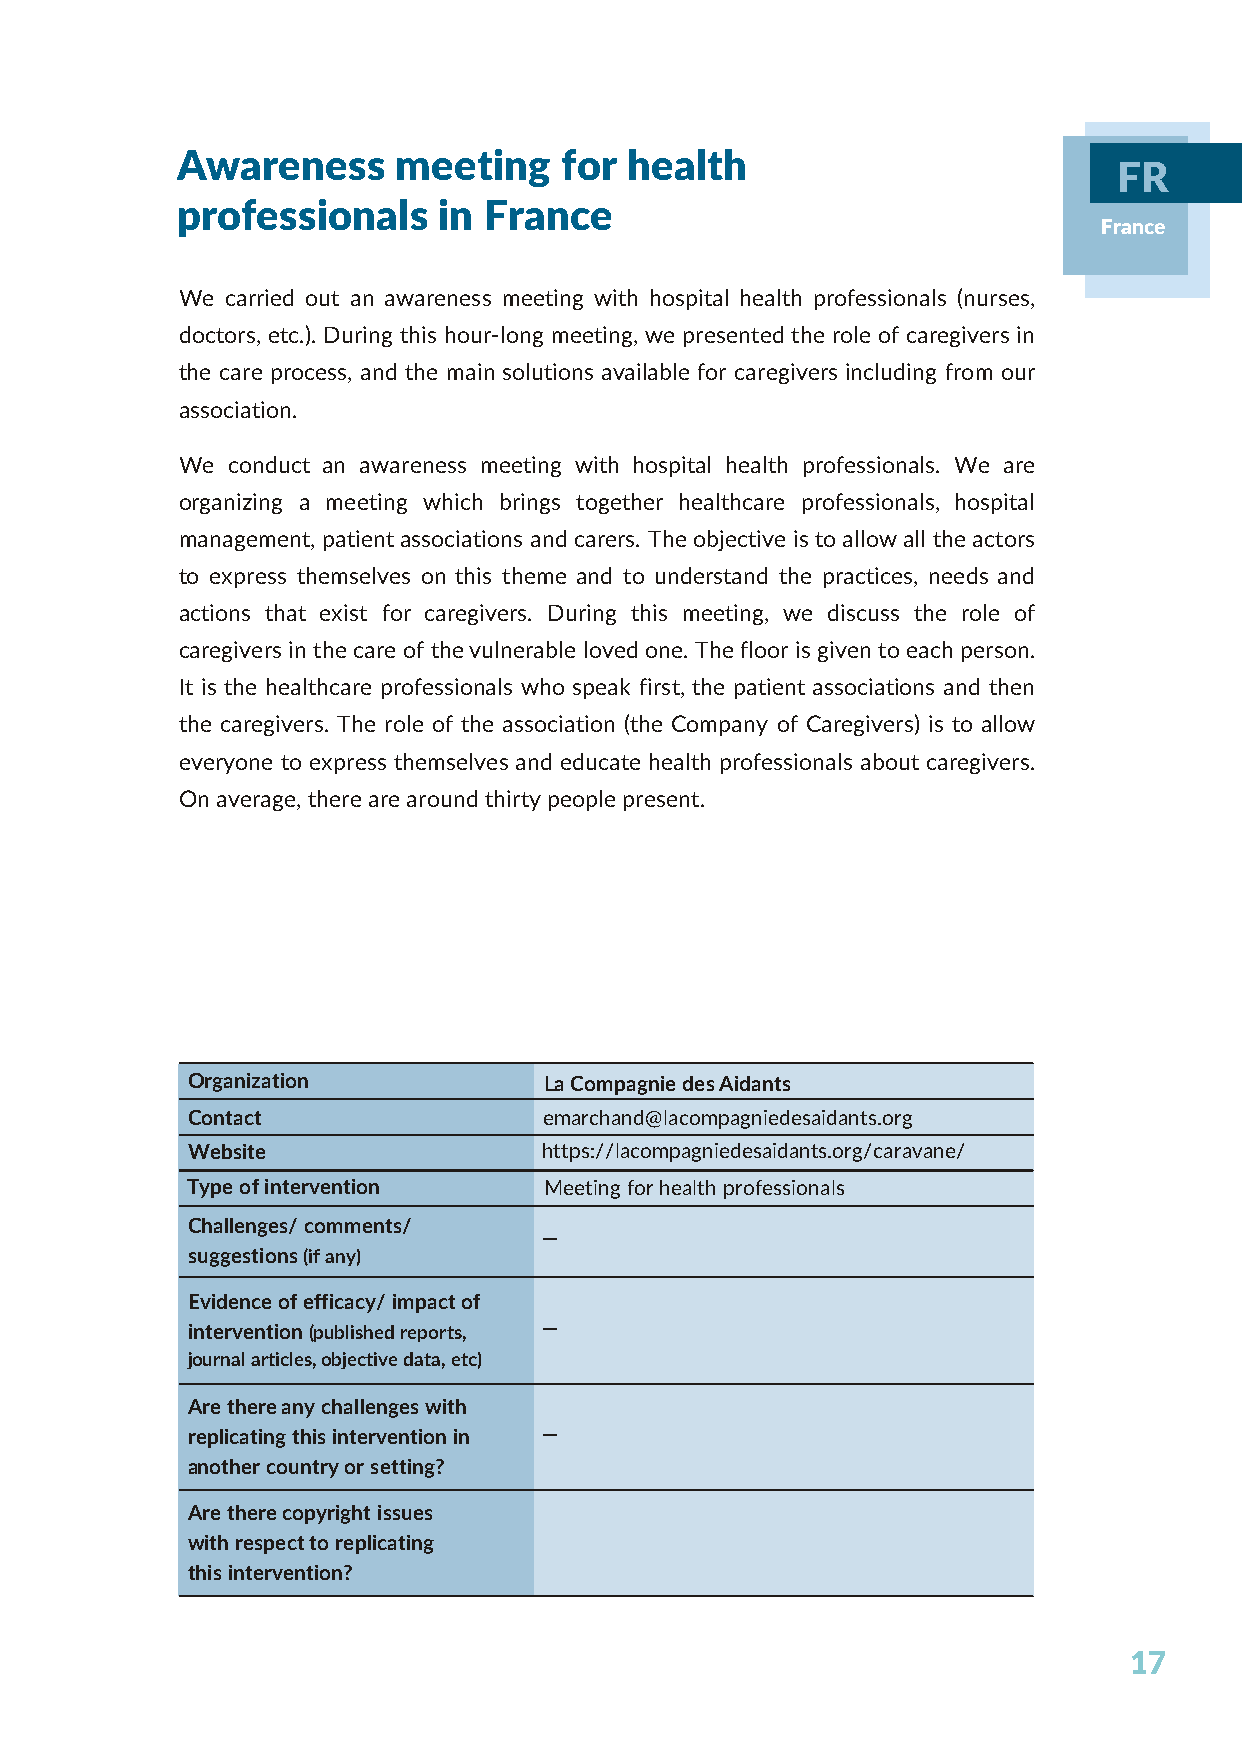
Awareness     meeting    for  health
 FR
 professionals    in France
 France
 We carried out an awareness meeting with hospital health professionals (nurses,
 doctors, etc.). During this hour-long meeting, we presented the role of caregivers in
 the care process, and the main solutions available for caregivers including from our
 association.
 We conduct an awareness meeting with hospital health professionals. We are
 organizing a meeting which brings together healthcare professionals, hospital
 management, patient associations and carers. The objective is to allow all the actors
 to express themselves on this theme and to understand the practices, needs and
 actions that exist for caregivers. During this meeting, we discuss the role of
 caregivers in the care of the vulnerable loved one. The floor is given to each person.
 It is the healthcare professionals who speak first, the patient associations and then
 the caregivers. The role of the association (the Company of Caregivers) is to allow
 everyone to express themselves and educate health professionals about caregivers.
 On average, there are around thirty people present.
 Organization            La Compagnie des Aidants
 Contact                 emarchand@lacompagniedesaidants.org
 Website                 https://lacompagniedesaidants.org/caravane/
 Type of intervention    Meeting for health professionals
 Challenges/ comments/
 —
 suggestions (if any)
 Evidence of efficacy/ impact of
 intervention (published reports, —
 journal articles, objective data, etc)
 Are there any challenges with
 replicating this intervention in —
 another country or setting?
 Are there copyright issues
 with respect to replicating
 this intervention?
 17